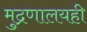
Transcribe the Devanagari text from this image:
मुद्रणालयही